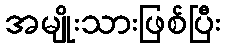
အမျိုးသားဖြစ်ပြီး